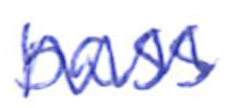
Text: bass
Cross-out: zig-zag
Writing tool: ballpoint